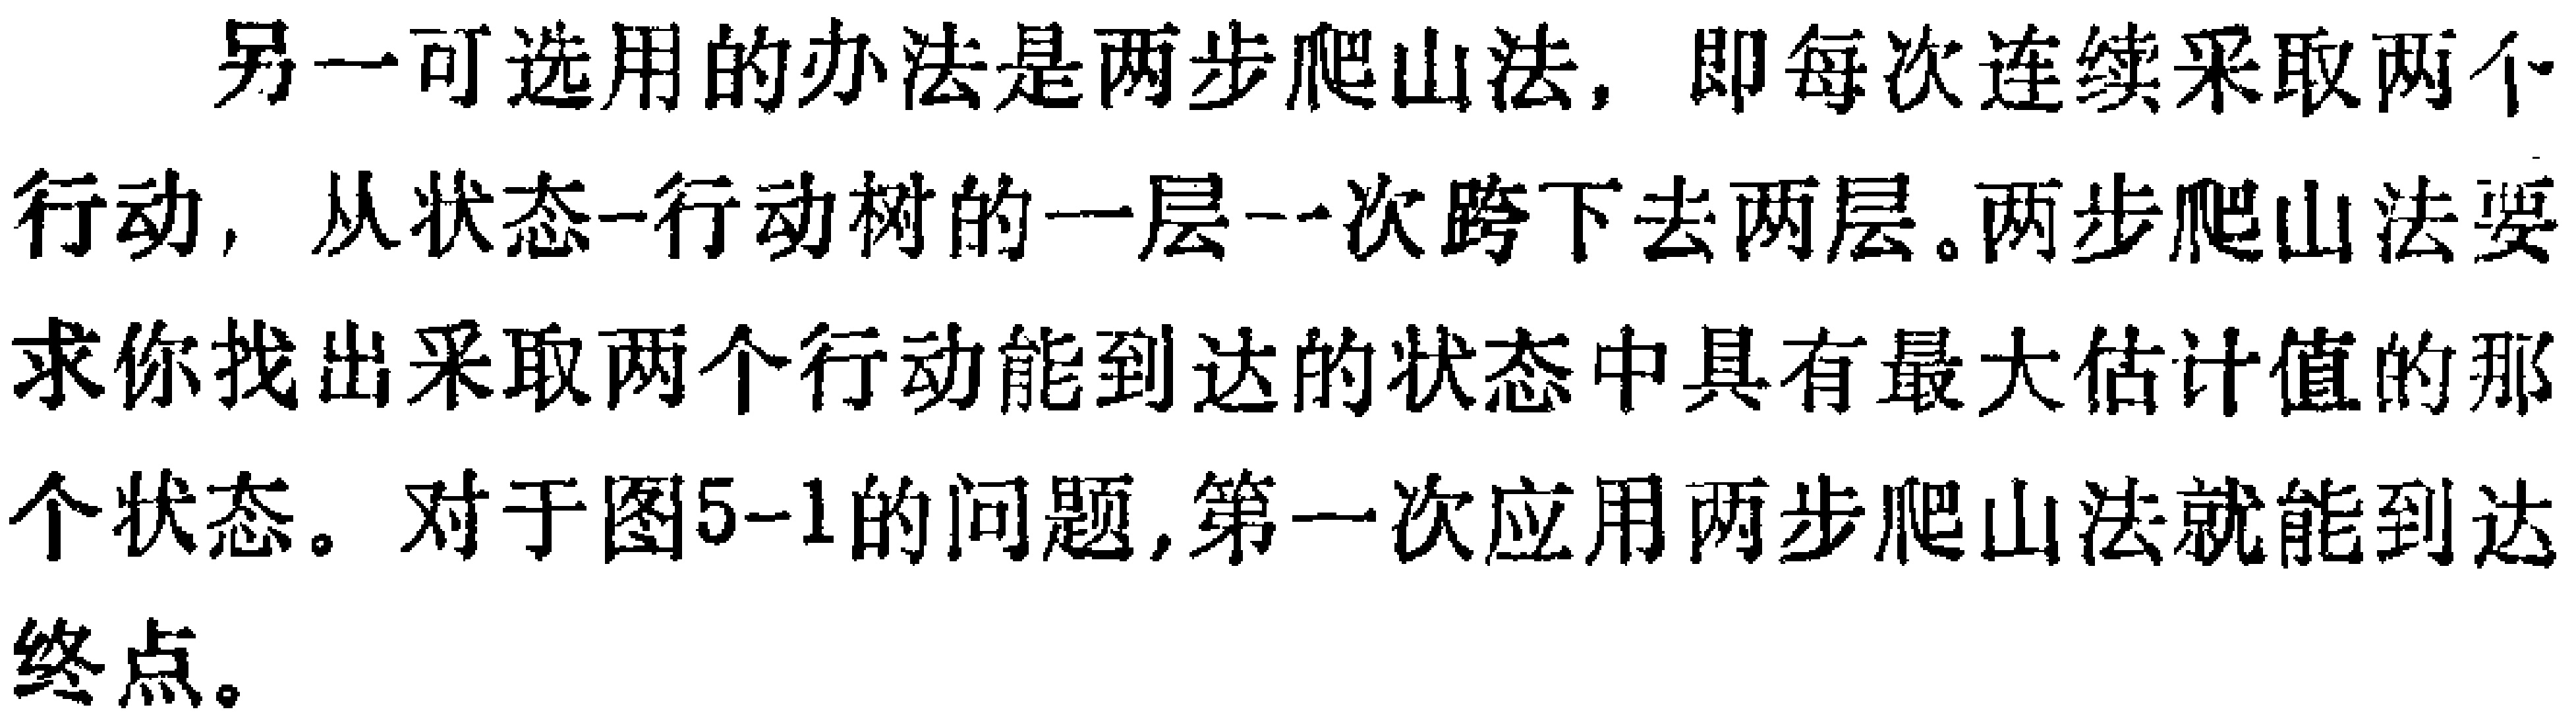
另一可选用的办法是两步爬山法，即每次连续采取两个行动，从状态-行动树的一层一次跨下去两层。两步爬山法要求你找出采取两个行动能到达的状态中具有最大估计值的那个状态。对于图5-1的问题，第一次应用两步爬山法就能到达终点。